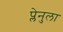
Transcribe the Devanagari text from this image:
प्लेनुला